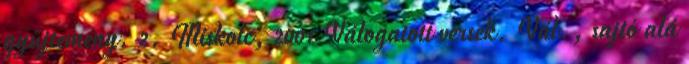
gyűjtemény. 2. Miskolc, 2001 Válogatott versek. Vál., sajtó alá